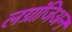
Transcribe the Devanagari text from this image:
लग्रांजिअन